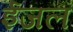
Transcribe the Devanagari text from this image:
ईजल